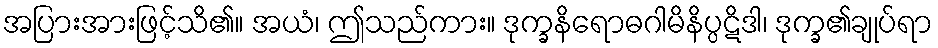
အပြားအားဖြင့်သိ၏။ အယံ၊ ဤသည်ကား။ ဒုက္ခနိရောဓဂါမိနိပ္ပဋိဒါ၊ ဒုက္ခ၏ချုပ်ရာ